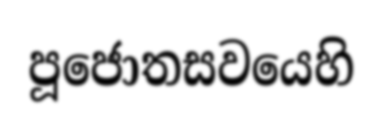
පූජොතසවයෙහි